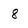
Character: 8